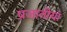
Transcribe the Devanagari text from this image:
प्रजातीयां